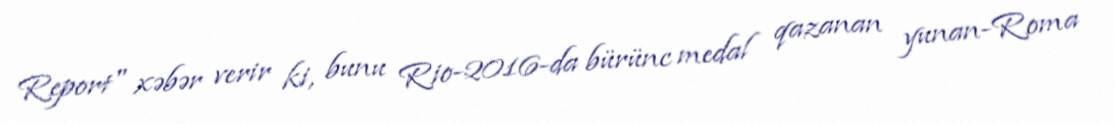
Report" xəbər verir ki, bunu Rio-2016-da bürünc medal qazanan yunan-Roma